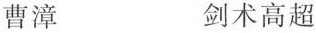
曹漳 剑术高超